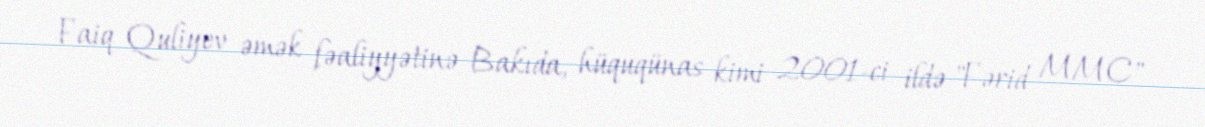
Faiq Quliyev əmək fəaliyyətinə Bakıda, hüquqünas kimi 2001-ci ildə "Fərid MMC"